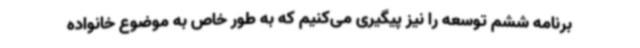
برنامه ششم توسعه را نیز پیگیری می‌کنیم که به طور خاص به موضوع خانواده